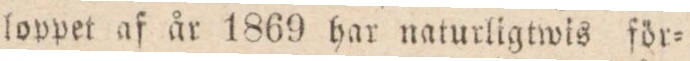
loppet af år 1869 har naturligtwis för=